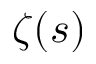
\zeta ( s )